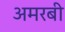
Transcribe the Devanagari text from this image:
अमरबी